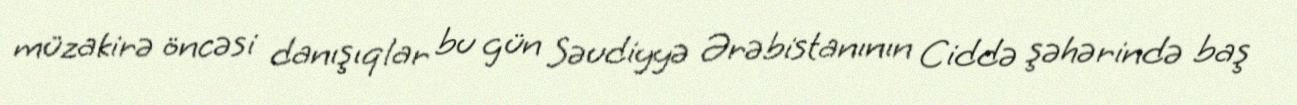
müzakirə öncəsi danışıqlar bu gün Səudiyyə Ərəbistanının Ciddə şəhərində baş